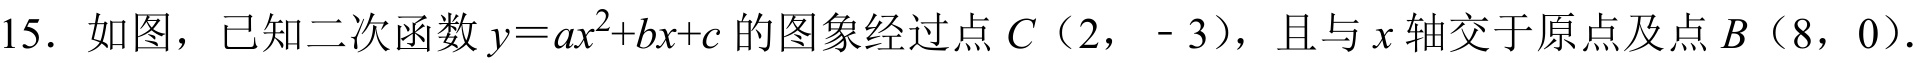
15. 如图，已知二次函数\(y = ax^{2}+bx + c\)的图象经过点\(C\)（2， - 3），且与\(x\)轴交于原点及点\(B\)（8，0）.